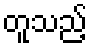
တူသည့်